Document type: Oath
Year: 1447
Scribe: Pere Figuerola
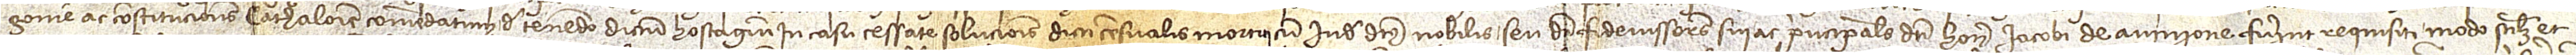
gonie ac Constituciones Cathalonie comendatum, de tenendo dictum hostagium in casu cessate solucionis dicti censualis mortui cum inde dictus nobilis seu dicti fideiussores sui ac principales dicti honorabilis Iacobi de Avinione fuerint requisiti modo scilicet et